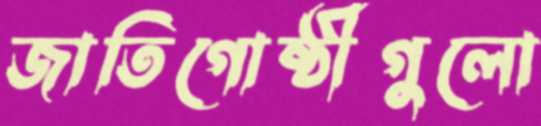
জাতিগোষ্ঠীগুলো